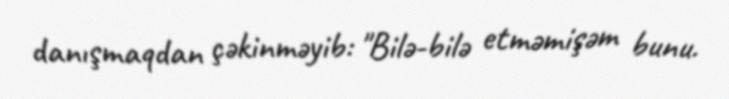
danışmaqdan çəkinməyib: "Bilə-bilə etməmişəm bunu.